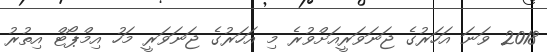
2018 ވަނަ އަހަރުގެ ޖަނަވަރީއަށްވުރެ މި އަހަރުގެ ޖަނަވަރީ މަހު އިމްޕޯޓް އިތުރު